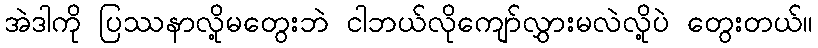
အဲဒါကို ပြဿနာလို့မတွေးဘဲ ငါဘယ်လိုကျော်လွှားမလဲလို့ပဲ တွေးတယ်။